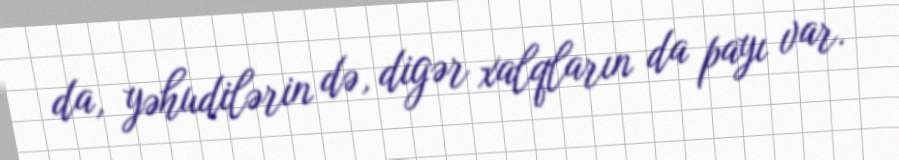
da, yəhudilərin də, digər xalqların da payı var.